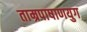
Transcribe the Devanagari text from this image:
ताम्रपाषाणयुग